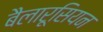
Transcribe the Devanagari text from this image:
बैलारूसियन